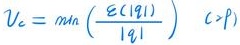
$v_c = \min_{q} \left(\frac{\varepsilon(|q|)}{|q|}\right) \quad c > p$